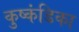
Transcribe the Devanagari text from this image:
कुष्कंडिका